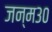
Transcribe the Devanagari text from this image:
जन्म३०